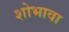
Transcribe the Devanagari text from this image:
शोभावा